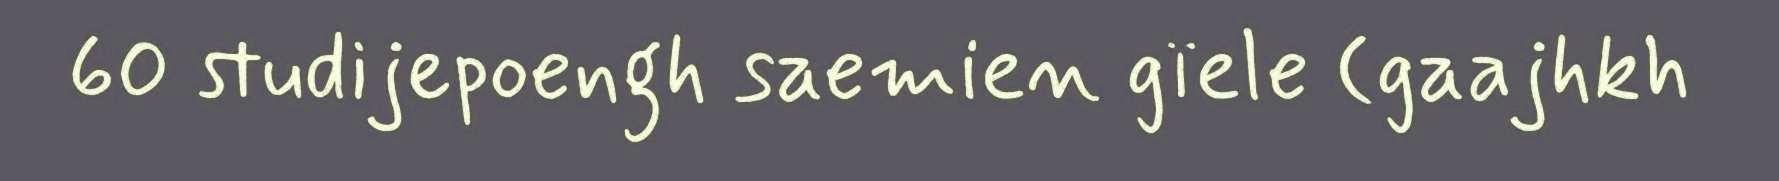
60 studijepoengh saemien gïele (gaajhkh